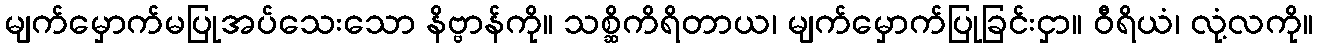
မျက်မှောက်မပြုအပ်သေးသော နိဗ္ဗာန်ကို။ သစ္ဆိကိရိတာယ၊ မျက်မှောက်ပြုခြင်းငှာ။ ဝီရိယံ၊ လုံ့လကို။